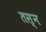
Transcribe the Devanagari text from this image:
तस्न